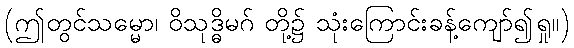
(ဤတွင်သမ္မော၊ ဝိသုဒ္ဓိမဂ် တို့၌ သုံးကြောင်းခန့်ကျော်၍ရှု။)